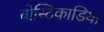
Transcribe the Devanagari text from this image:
बोस्ट्रिकाडिया